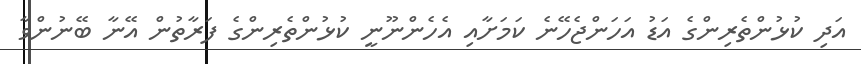
އަދި ކުޅުންތެރިންގެ އަޑު އަހަންޖެހޭނެ ކަމަށާއި އެހެންނޫނީ ކުޅުންތެރިންގެ ފަރާތުން އޭނާ ބޭނުންވާ